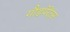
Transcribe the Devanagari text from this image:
गौडपेरेंट्स